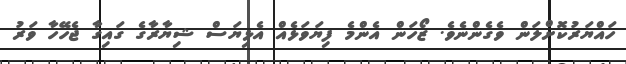
ހައްޔަރުކޮށްލަން ވެގެންނެވެ. ޒޯހަން އެންމެ ފިޔަވަޅެއް އެޅިޔަސް ޝިޔާރާގެ ގައިގާ ޖެހޭހާ ވަރު